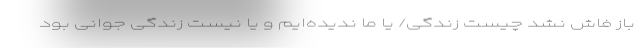
باز فاش نشد چیست زندگی/ یا ما ندیده‌ایم و یا نیست زندگی جوانی بود